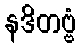
နဒိတဗ္ဗံ